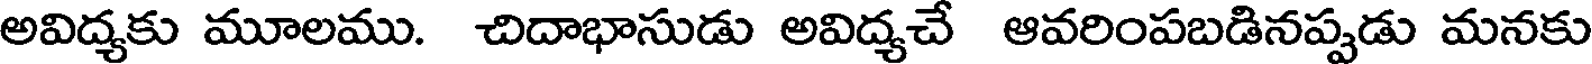
అవిద్యకు మూలము. చిదాభాసుడు అవిద్యచే ఆవరింపబడినప్పడు మనకు